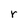
Character: r